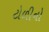
ટોળીનો